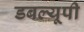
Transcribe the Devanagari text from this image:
डबल्यूपी